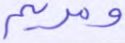
ومريم